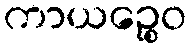
ကာယဉ္စေဝ